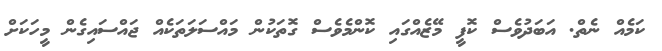
ކަމެއް ނެތް. އަބަދުވެސް ކޮފީ މޭޒެއްގައި ކޮންމެވެސް ގޮތަކުން މައްސަލަތަކެއް ޖައްސައިގެން މީހަކަށް